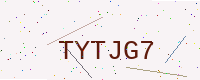
Text: TYTJG7